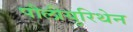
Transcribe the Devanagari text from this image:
पौलीयुरिथेन